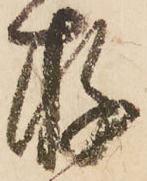
存